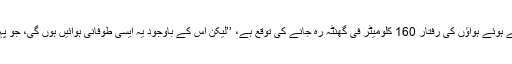
‘‘ ان کا کہنا تھا کہ زمین سے ٹکراتے ہوئے ہواؤں کی رفتار 160 کلومیٹر فی گھنٹہ رہ جانے کی توقع ہے، ’’لیکن اس کے باوجود یہ ایسی طوفانی ہوائیں ہوں گی، جو پہلے اس علاقے میں نہیں دیکھی گئیں۔